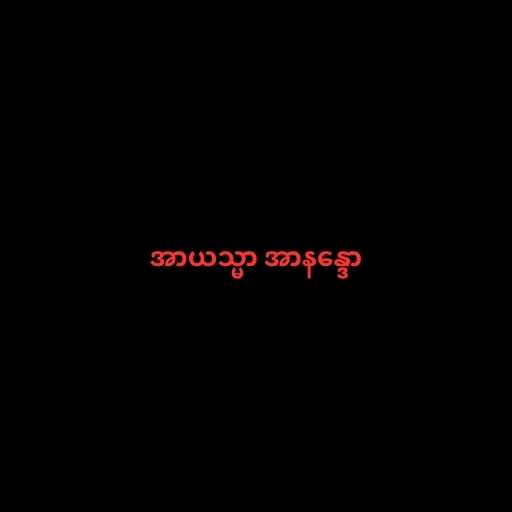
အာယသ္မာ အာနန္ဒော